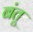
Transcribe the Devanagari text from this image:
बंतू